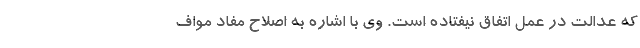
که عدالت در عمل اتفاق نیفتاده است. وی با اشاره به اصلاح مفاد مواف